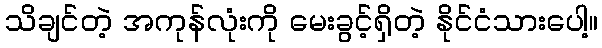
သိချင်တဲ့ အကုန်လုံးကို မေးခွင့်ရှိတဲ့ နိုင်ငံသားပေါ့။